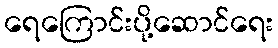
ရေကြောင်းပို့ဆောင်ရေး